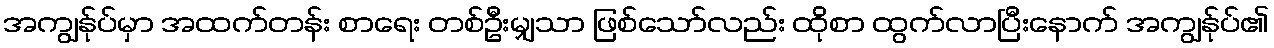
အကျွန်ုပ်မှာ အထက်တန်း စာရေး တစ်ဦးမျှသာ ဖြစ်သော်လည်း ထိုစာ ထွက်လာပြီးနောက် အကျွန်ုပ်၏